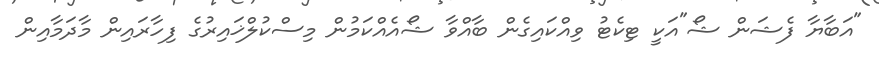
"އަބާޔާ ފެޝަން ޝޯ"އަކީ ޓިކެޓު ވިއްކައިގެން ބާއްވާ ޝޯއެއްކަމުން މިސްކުލްޚައިރުގެ ފިހާރައިން މާދަމާއިން